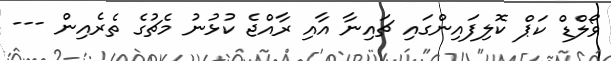
ވޯލްޑް ކަޕް ކޮލިފައިންގައި ޗައިނާ އާއި ރާއްޖެ ކުޅުނު މެޗުގެ ތެރެއިން ---